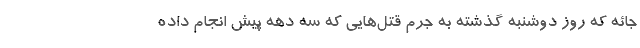
جائه که روز دوشنبه گذشته به جرم قتل‌هایی که سه دهه پیش انجام داده